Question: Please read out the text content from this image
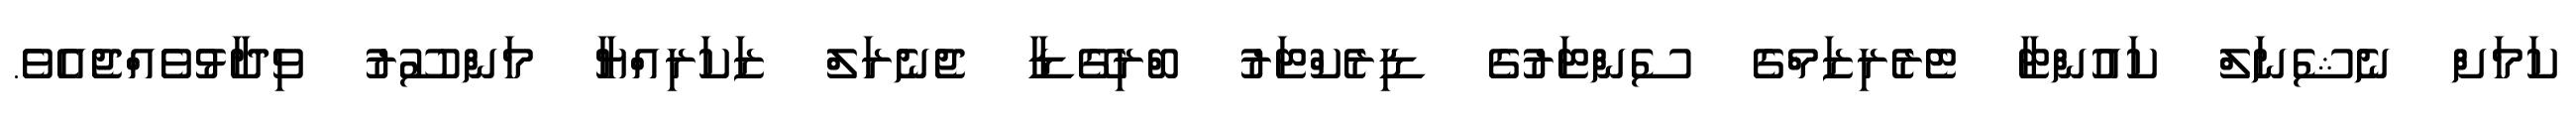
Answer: ކަމަށް ނެޝެނަލް ކައުންޓާ ޓެރެރިޒަމްގެ ސެންޓަރުގެ ޑިރެކްޓަރު ބްރިގޭޑާ ޖެނެރަލް ޒަކަރިއްޔާ މަންސޫރު ވިދާޅުވެއްޖެއެވެ.